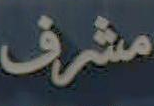
مشرف